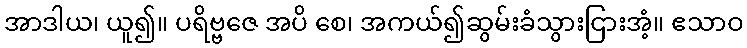
အာဒါယ၊ ယူ၍။ ပရိဗ္ဗဇေ အပိ စေ၊ အကယ်၍ဆွမ်းခံသွားငြားအံ့။ ဧသာဝ